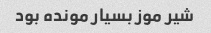
شیر موز بسیار مونده بود